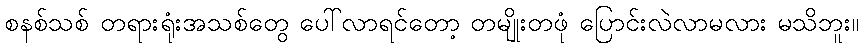
စနစ်သစ် တရားရုံးအသစ်တွေ ပေါ်လာရင်တော့ တမျိုးတဖုံ ပြောင်းလဲလာမလား မသိဘူး။